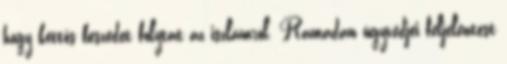
hogy kettős beszédet folytat az iszlámról. Ramadan ügyvédjei feljelentést